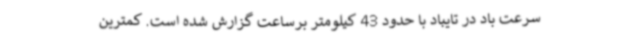
سرعت باد در تایباد با حدود 43 کیلومتر برساعت گزارش شده ‌است. کمترین